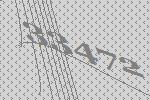
33472